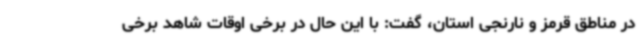
در مناطق قرمز و نارنجی استان، گفت: با این حال در برخی اوقات شاهد برخی